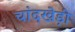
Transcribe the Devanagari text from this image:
चांदखेड़ी